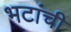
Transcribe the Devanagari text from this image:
भटांची